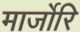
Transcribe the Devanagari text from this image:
मार्जोरि